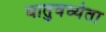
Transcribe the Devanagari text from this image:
घातुवर्ध्यता